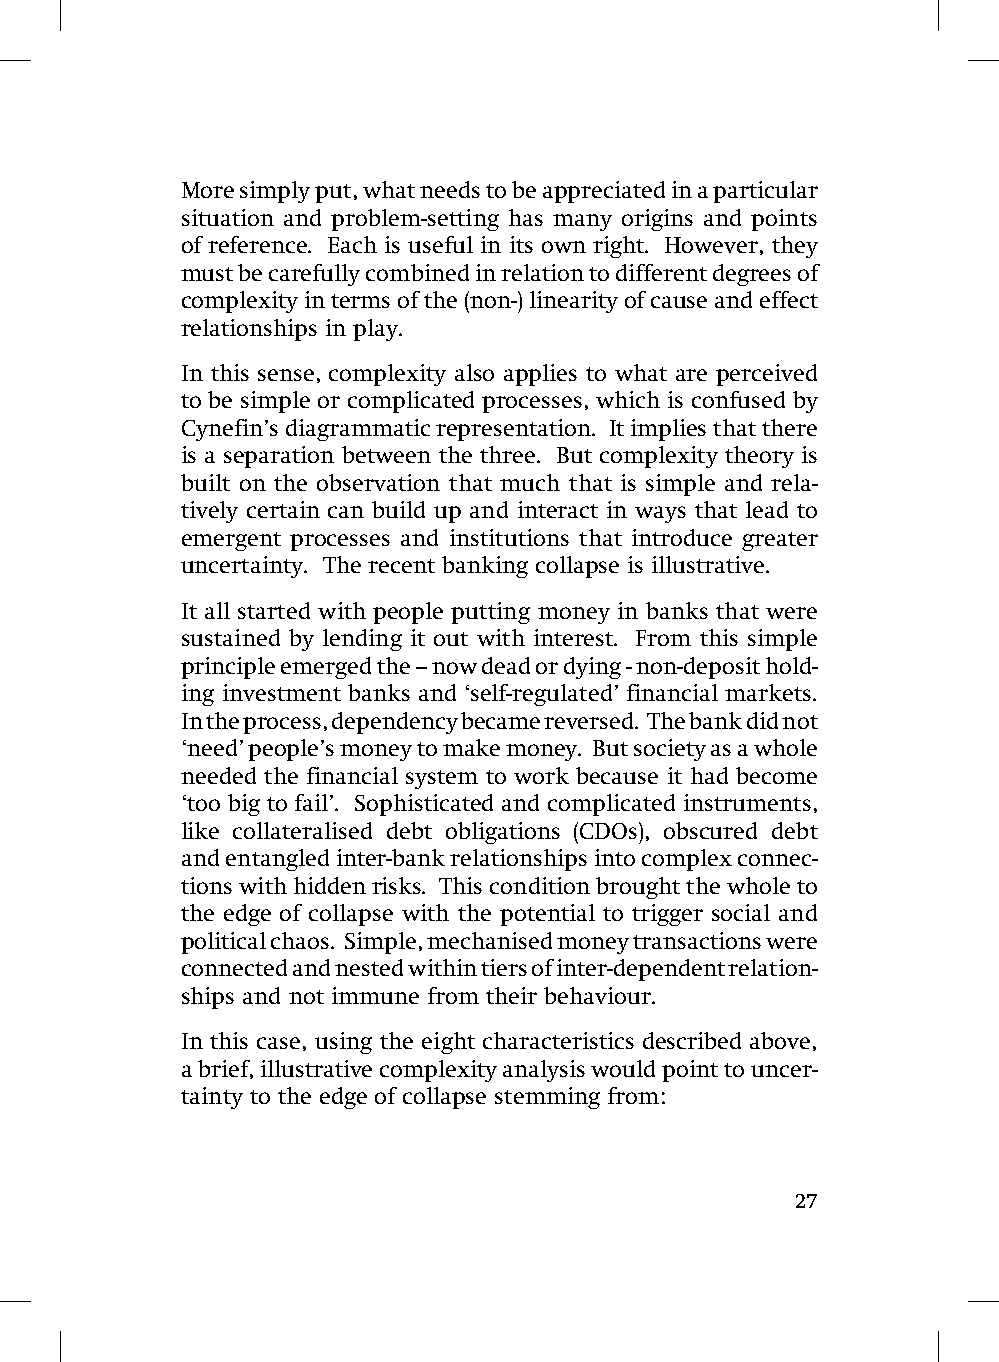
More simply put, what needs to be appreciated in a particular
 situation and problem-setting has many origins and points
 of reference. Each is useful in its own right. However, they
 must be carefully combined in relation to different degrees of
 complexity in terms of the (non-) linearity of cause and effect
 relationships in play.
 In this sense, complexity also applies to what are perceived
 to be simple or complicated processes, which is confused by
 Cynefin’s diagrammatic representation. It implies that there
 is a separation between the three. But complexity theory is
 built on the observation that much that is simple and rela-
 tively certain can build up and interact in ways that lead to
 emergent processes and institutions that introduce greater
 uncertainty. The recent banking collapse is illustrative.
 It all started with people putting money in banks that were
 sustained by lending it out with interest. From this simple
 principle emerged the – now dead or dying - non-deposit hold-
 ing investment banks and ‘self-regulated’ financial markets.
 In the process, dependency became reversed. The bank did not
 ‘need’ people’s money to make money. But society as a whole
 needed the financial system to work because it had become
 ‘too big to fail’. Sophisticated and complicated instruments,
 like collateralised debt obligations (CDOs), obscured debt
 and entangled inter-bank relationships into complex connec-
 tions with hidden risks. This condition brought the whole to
 the edge of collapse with the potential to trigger social and
 political chaos. Simple, mechanised money transactions were
 connected and nested within tiers of inter-dependent relation-
 ships and not immune from their behaviour.
 In this case, using the eight characteristics described above,
 a brief, illustrative complexity analysis would point to uncer-
 tainty to the edge of collapse stemming from:
 27